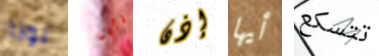
نونا تأبى إذن أيها تتسكع